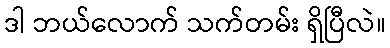
ဒါ ဘယ်လောက် သက်တမ်း ရှိပြီလဲ။